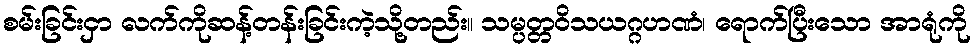
စမ်းခြင်းငှာ လက်ကိုဆန့်တန်းခြင်းကဲ့သို့တည်း။ သမ္ပတ္တဝိသယဂ္ဂဟဏံ၊ ရောက်ပြီးသော အာရုံကို